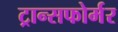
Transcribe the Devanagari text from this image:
ट्रान्सफोर्मर